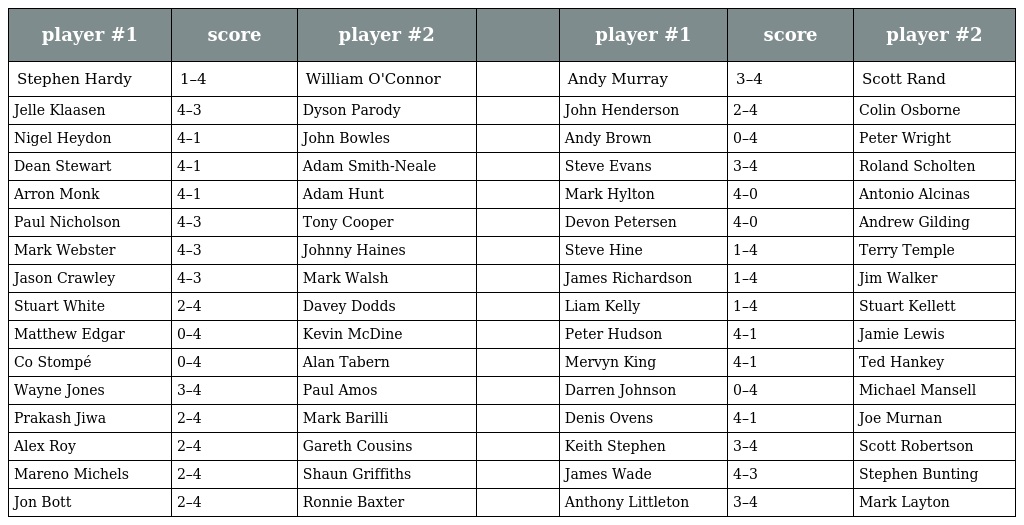
| player #1 | score | player #2 |  | player #1 | score | player #2 |
 | --- | --- | --- | --- | --- | --- | --- |
 | Stephen Hardy | 1–4 | William O'Connor |  | Andy Murray | 3–4 | Scott Rand |
 | Jelle Klaasen | 4–3 | Dyson Parody |  | John Henderson | 2–4 | Colin Osborne |
 | Nigel Heydon | 4–1 | John Bowles |  | Andy Brown | 0–4 | Peter Wright |
 | Dean Stewart | 4–1 | Adam Smith-Neale |  | Steve Evans | 3–4 | Roland Scholten |
 | Arron Monk | 4–1 | Adam Hunt |  | Mark Hylton | 4–0 | Antonio Alcinas |
 | Paul Nicholson | 4–3 | Tony Cooper |  | Devon Petersen | 4–0 | Andrew Gilding |
 | Mark Webster | 4–3 | Johnny Haines |  | Steve Hine | 1–4 | Terry Temple |
 | Jason Crawley | 4–3 | Mark Walsh |  | James Richardson | 1–4 | Jim Walker |
 | Stuart White | 2–4 | Davey Dodds |  | Liam Kelly | 1–4 | Stuart Kellett |
 | Matthew Edgar | 0–4 | Kevin McDine |  | Peter Hudson | 4–1 | Jamie Lewis |
 | Co Stompé | 0–4 | Alan Tabern |  | Mervyn King | 4–1 | Ted Hankey |
 | Wayne Jones | 3–4 | Paul Amos |  | Darren Johnson | 0–4 | Michael Mansell |
 | Prakash Jiwa | 2–4 | Mark Barilli |  | Denis Ovens | 4–1 | Joe Murnan |
 | Alex Roy | 2–4 | Gareth Cousins |  | Keith Stephen | 3–4 | Scott Robertson |
 | Mareno Michels | 2–4 | Shaun Griffiths |  | James Wade | 4–3 | Stephen Bunting |
 | Jon Bott | 2–4 | Ronnie Baxter |  | Anthony Littleton | 3–4 | Mark Layton |